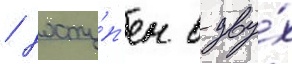
/ досту́п'ен в дву́х